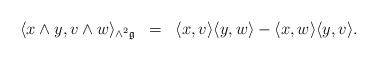
LaTeX: \begin{align*}\begin{array}{ccc} \langle x\wedge y, v \wedge w\rangle_{\wedge^{2}\mathfrak{g}} & = & \langle x,v \rangle \langle y,w \rangle- \langle x,w \rangle \langle y,v\rangle. \end{array}\end{align*}